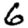
Digit: 6